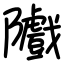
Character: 隵